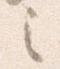
之